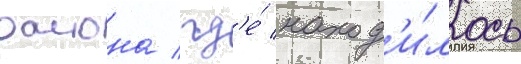
раиона / гд'е́ наход'и́лось